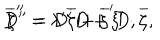
LaTeX: D ^ { \prime \prime } = D ^ { \prime } D + \xi ^ { \prime } \cdot \overline { { { \zeta } } } , \hspace { 0 . 3 i n } \overline { { { \zeta } } } ^ { \prime \prime } = \lambda ^ { \prime } \overline { { { \zeta } } } + \overline { { { \zeta } } } ^ { \prime } D ,